Vaccination in Burma 1920-1933 - 1920-1933
Year: 1920
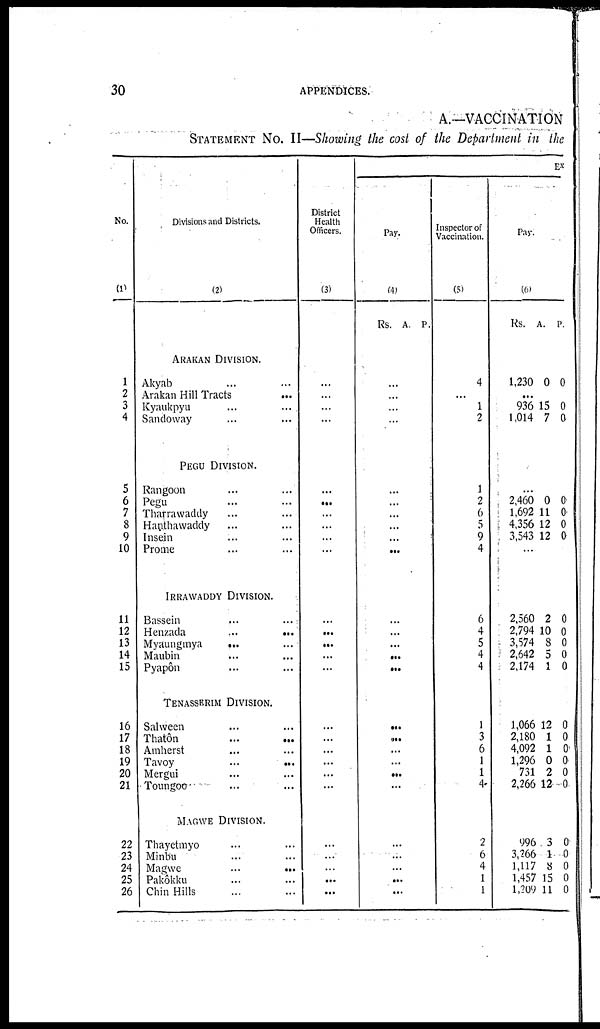
30
APPENDICES.
A.—VACCINATION
STATEMENT No. II—Showing the cost of the Department in the
No.
(1)
1
2
3
4
5
6
7
8
9
10
11
12
13
14
15
16
17
18
19
20
21
22
23
24
25
26
Divisions and Districts.
(2)
ARAKAN DIVISION.
Akyab... ...
Arakan Hill Tracts...
Kyaukpyu... ...
Sandoway... ...
PEGU DIVISION.
Rangoon... ...
Pegu... ...
Tharrawaddy... ...
Hanthawaddy... ...
Insein... ...
Prome... ...
IRRAWADDY DIVISION.
Bassein... ...
Henzada... ...
Myaungmya... ...
Maubin... ...
Pyapôn ... ...
TENASSERIM DIVISION.
Salween... ...
Thatôn... ...
Amherst... ...
Tavoy... ...
Mergui... ...
Toungoo... ...
MAGWE DIVISION.
Thayetmyo... ...
Minbu... ...
Magwe... ...
Pakôkku... ...
Chin Hills... ...
District
Health
Officers.
(3)
...
...
...
...
...
...
...
...
...
...
...
...
...
...
...
...
...
...
...
...
...
...
...
...
...
...
EX
Pay.
(4)
Rs. A. P.
...
...
...
...
...
...
...
...
...
...
...
...
...
...
...
...
...
...
...
...
...
...
...
...
...
...
Inspector of
Vaccination.
(5)
4
...
1
2
1
2
6
5
9
4
6
4
5
4
4
1
3
6
1
1
4
2
6
4
1
1
Pay.
(6)
Rs. A. P.
1,230 0 0
...
936
1,014
15
7
0
0
...
2,460
1,692
4,356
3,543
0
11
12
12
0
0
0
0
...
2,560
2,794
3,574
2,642
2,174
2
10
8
5
1
0
0
0
0
0
1,066
2,180
4,092
1,296
731
2,266
12
1
1
0
2
12
0
0
0
0
0
0
996
3,266
1,117
1,457
1,209
3
1
8
15
11
0
0
0
0
0